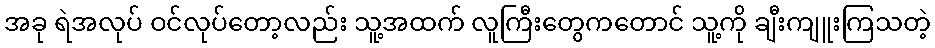
အခု ရဲအလုပ် ဝင်လုပ်တော့လည်း သူ့အထက် လူကြီးတွေကတောင် သူ့ကို ချီးကျူးကြသတဲ့